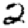
Digit: 2